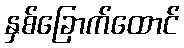
နှစ်ခြောက်ထောင်